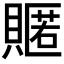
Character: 𮚟